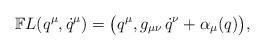
\begin{align*}\mathbb{F}L(q^\mu,\dot q^\mu)= \big( q^\mu,g_{\mu \nu}\,\dot q^\nu + \alpha_\mu (q) \big),\end{align*}